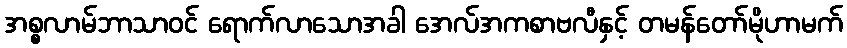
အစ္စလာမ်ဘာသာဝင် ရောက်လာသောအခါ အေလ်အကစာဗလီနှင့် တမန်တော်မိုဟာမက်